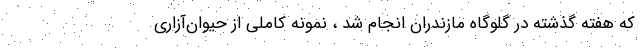
که هفته گذشته در گلوگاه مازندران انجام شد ، نمونه کاملی از حیوان‌آزاری